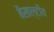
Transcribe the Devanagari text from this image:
बैसाल्टीय